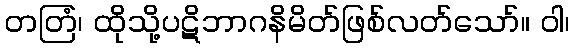
တတြံ၊ ထိုသို့ပဋိဘာဂနိမိတ်ဖြစ်လတ်သော်။ ဝါ၊